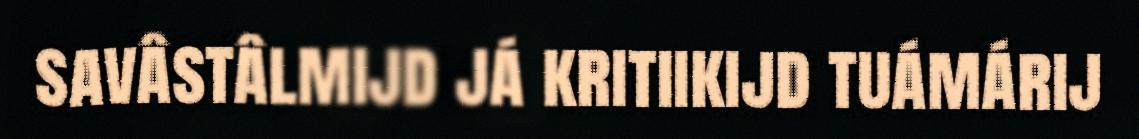
savâstâlmijd já kritiikijd tuámárij